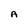
Character: A